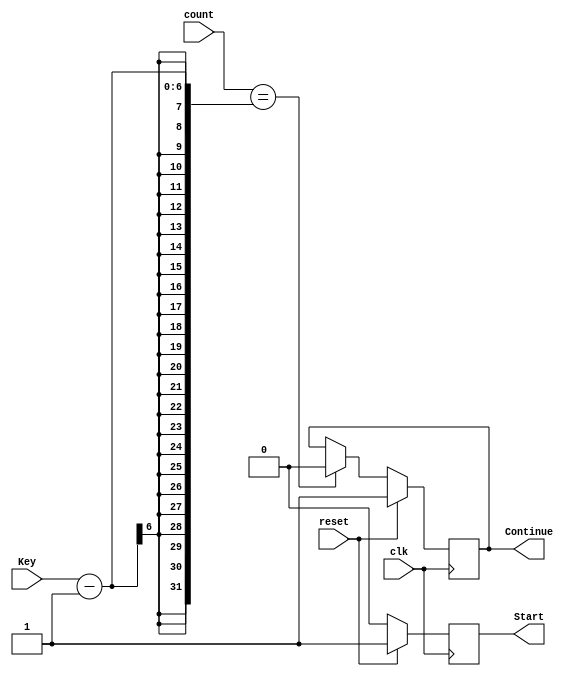
module Counter #(
    parameter WIDTH = 6
)(
    input [WIDTH-1 : 0 ] count,
    input [WIDTH-1 : 0] Key,
    input clk,
    input reset,
    output reg Start,
    output reg Continue
);
    always @(posedge clk) begin
        if (reset) begin
            Continue = 1;
            Start = 1;
        end
        else begin
            Start = 0;
            if (count == Key-1) begin
                Continue = 0 ;
            end
        end
    end

endmodule